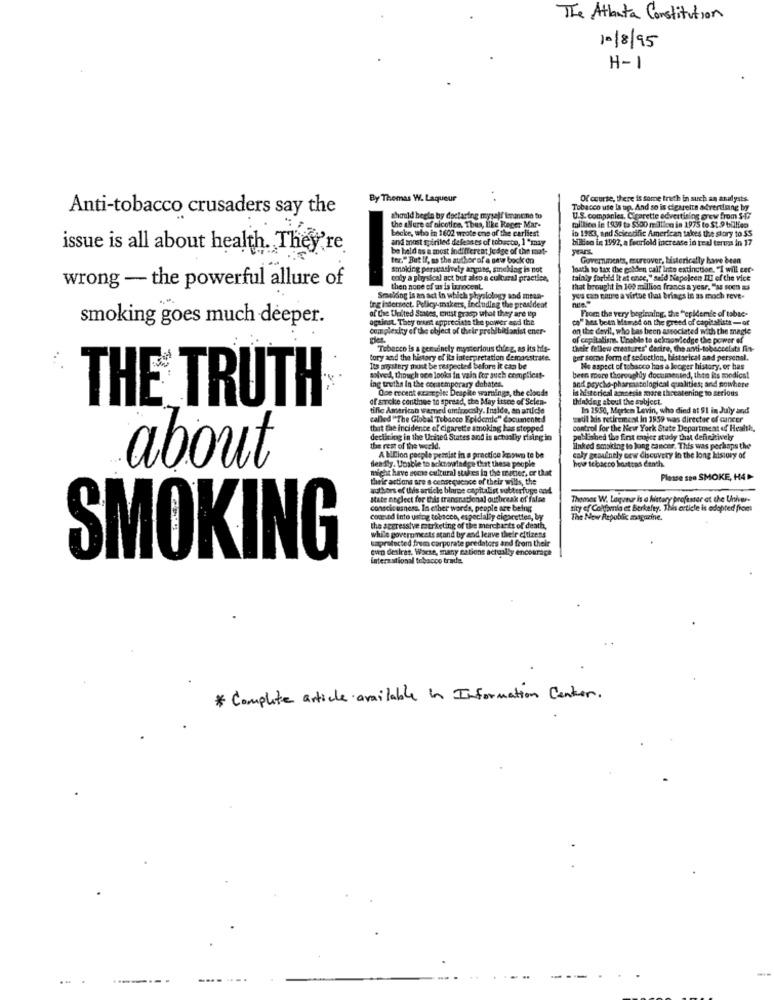
The Atlanta Constitution
10/8/95
H-1
By Thomas W. Laqueur
Of course, there is some truth in such an analysis
Anti-tobacco crusaders say the
Tobacco use Is up. And so is cigarette advertising by
the allure of nicotine, Thus, like Reger Mar-
should begin by doctaring myself tarmene to
U.S. companies. Cigarette advertising prew from $-17
becke, who in 1602 wrote one of the earliest
in 1983, and Scientific American takes the story to $5
millice in 1931 ta $500 million in 1975 to St.9 billion
and most spiriled defesa es of tobacco, 1 "may
billen in 1992, a fourfeld increase in real terras in 17
issue is all about health. They're
be held as a most indifferent judge of the mat-
ter." But If, as the author of a sew bock on
Governments, moreover, histerically have been
smoking persuasively angune, smoking is not
loath to tax the golden calf Into extinction. "I will cer-
cody a pigysical act but also a cultural practice,
talaly forbild it at once," said Napeleen IYI of the vice
wrong - the powerful allure of
then none of us is inocent.
that brought in 100 million francs a year. "as soon as
Smelding is an act in which physiology and mean-
you can carre a virtue that brings in as moch reve-
of the United States, crust grasp what they are ip
Ing indernect. Policy makers, including the presideat
From the very beginning, the "epidemic of tabac-
smoking goes much deeper.
againat. They orkest appreciate the power and the
co" has been Memed on the greed of capitalistt-of
complexity of the object of their prohibidanist ener-
on the devil, who bas been associated with the magle
of capitalisms. Unable to acknowledge the power of
Tobacco is a genuinely mysterious thing, as its his-
their fellow creatures' dadire, the anti-tobecceists fin-
tory and the history of its interpretation demonstrate.
per some form ef seduction, bistarical and personal.
Its mystery must be respected before it can be
No aspect of tobacco hos a longer history, or has
solved, though een looks in vain for such complicat-
and psycho-pharmacological qualities; and nowhere
been more thoroughly documented, then its modica!
ing truths in the contemporary dobates.
Ope recent example: Despite warnings, the clouds
in historical amnsesin mare threatening to serious
of sorcke continue to spread, the May issee of Selen-
thinkdeg about the subject.
THE TRUTH
tific American wamed amirposly. Inside, an article
In 2550, Merich Levin, who died at $1 in July and
called "The Global Tobacco Epidemie" documented
wetil kis retirement in 1959 was director of cancer
that the incidence of cigarette smoking has stopped
control for the New York State Department of Health,
decil ing in the United States and is actually rising in
published the first cojer study that definitively
the rest of the world.
ilnked smoking to long cancer. This was perhaps the
A billion people pemist in a practice koswn to be
caly geauinely oew discovery in the long history of
hot tebacco Siostras death.
about
deadly. Unable to acknowledge that these people
might have some cultural stakes in the matter, or that
their actions are a consequence of their wills, the
Please see SMOKE, H4
authors of this article blarpe capitalist subterfuge and
Mate neglect for this transnational outbreak of false
Thomas W. Laqueur is a history professor at the Univer-
consciousness. In other words, people are being
tity of California et Berkafty. This article is adapted from
come od Into using tobacco, especially cigarettes, by
The New Republic magazine.
while governments stand by and leave their citizens
the segressive marketing of the merchants of death,
saprotected frem corporate predators and from their
cwn desires, Worse, many nations actually encourage
SMOKING
International tobacco trade.
* Complete article available in Information Center.
----
....